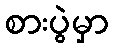
စားပွဲမှာ